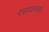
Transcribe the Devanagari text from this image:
रसायनवाद